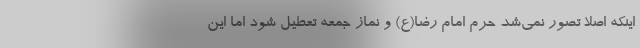
اینکه اصلا تصور نمی‌شد حرم امام رضا(ع) و نماز جمعه تعطیل شود اما این